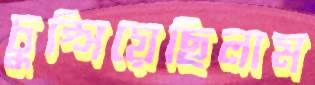
চুপ্‌সিয়েছিলাম